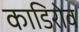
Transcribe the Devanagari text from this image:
काडिरोव